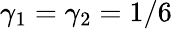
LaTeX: \gamma_{1}=\gamma_{2}=1/6